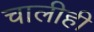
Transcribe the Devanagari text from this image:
चालीही